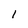
Character: l